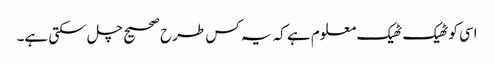
اسی کو ٹھیک ٹھیک معلوم ہے کہ یہ کس طرح صحیح چل سکتی ہے۔